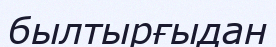
былтырғыдан